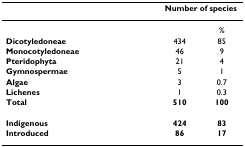
<table><thead><tr><td></td><td colspan="2"><b>Number of species</b></td></tr></thead><tbody><tr><td></td><td></td><td>%</td></tr><tr><td><b>Dicotyledoneae</b></td><td>434</td><td>85</td></tr><tr><td><b>Monocotyledoneae</b></td><td>46</td><td>9</td></tr><tr><td><b>Pteridophyta</b></td><td>21</td><td>4</td></tr><tr><td><b>Gymnospermae</b></td><td>5</td><td>1</td></tr><tr><td><b>Algae</b></td><td>3</td><td>0.7</td></tr><tr><td><b>Lichenes</b></td><td>1</td><td>0.3</td></tr><tr><td><b>Total</b></td><td><b>510</b></td><td><b>100</b></td></tr><tr><td><b>Indigenous</b></td><td><b>424</b></td><td><b>83</b></td></tr><tr><td><b>Introduced</b></td><td><b>86</b></td><td><b>17</b></td></tr></tbody></table>